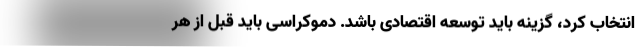
انتخاب کرد، گزینه باید توسعه اقتصادی باشد. دموکراسی باید قبل از هر